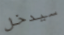
سيدخل